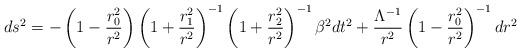
\begin{align*}ds^2=-\left(1-\frac{r_0^2}{r^2}\right)\left(1+\frac{r_1^2}{r^2}\right)^{-1} \left(1+\frac{r_2^2}{r^2} \right)^{-1}\beta^2 dt^2+\frac{\Lambda^{-1}}{r^2}\left(1-\frac{r_0^2}{r^2}\right)^{-1}dr^2\end{align*}